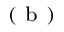
^ { ( \mathrm { ~ b ~ } ) }